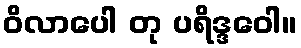
ဝိလာပေါ တု ပရိဒ္ဒဝေါ။